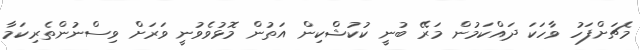
މެޗަށްފަހު ވާހަކަ ދައްކަމުން މަރޭ ބުނީ ކުކުޝްކިން އަތުން މޮޅުވެވުނީ ވަރަށް ވިސްނުންތެރިކަމާ